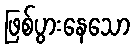
ဖြစ်ပွားနေသော